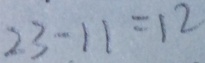
2 3 - 1 1 = 1 2